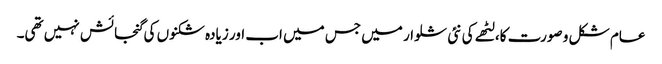
عام شکل و صورت کا، لٹھے کی نئی شلوار میں جس میں اب اور زیادہ شکنوں کی گنجائش نہیں تھی۔